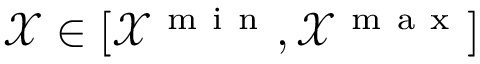
\mathcal { X } \in [ \mathcal { X } ^ { \mathrm { ~ m ~ i ~ n ~ } } , \mathcal { X } ^ { \mathrm { ~ m ~ a ~ x ~ } } ]